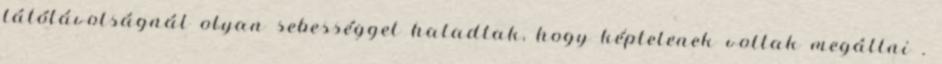
látótávolságnál olyan sebességgel haladtak, hogy képtelenek voltak megállni .